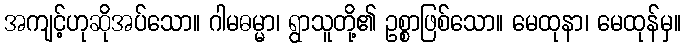
အကျင့်ဟုဆိုအပ်သော။ ဂါမဓမ္မာ၊ ရွာသူတို့၏ ဥစ္စာဖြစ်သော။ မေထုနာ၊ မေထုန်မှ။